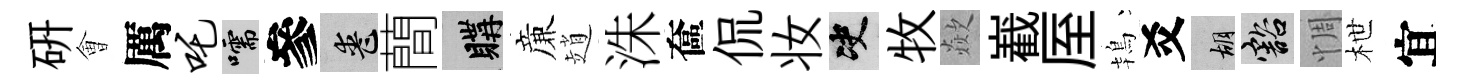
硏㑹厲吒嚅參喪蕳購亷趙洙奩侃妆决牧歘嶻厔鴇爻胡豁惆枻宜